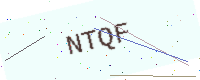
Text: NTQF